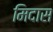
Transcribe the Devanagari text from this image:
मिदास